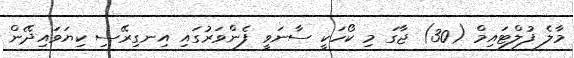
މާލެ ފުލްޓައިމް (30) ޖާގަ މި ކޯހަކީ ސާނަވީ ފެންވަރުގައި އިނގިރޭސި ކިޔަވައިދޭން